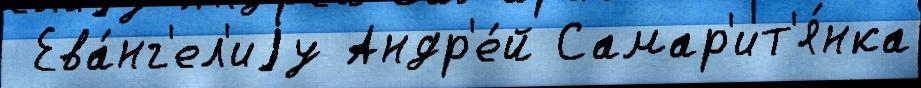
 Ева́нг'ел'иjу Андр'е́й Самар'ит'я́нка